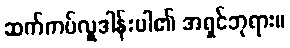
ဆက်ကပ်လှူဒါန်းပါ၏ အရှင်ဘုရား။